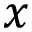
x